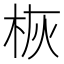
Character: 𪲄